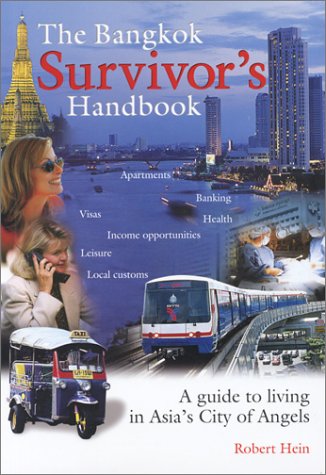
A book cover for The Bangkok Survivors Handbook: A Guide to Living in Asias City of Angels; Robert Hein; Travel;